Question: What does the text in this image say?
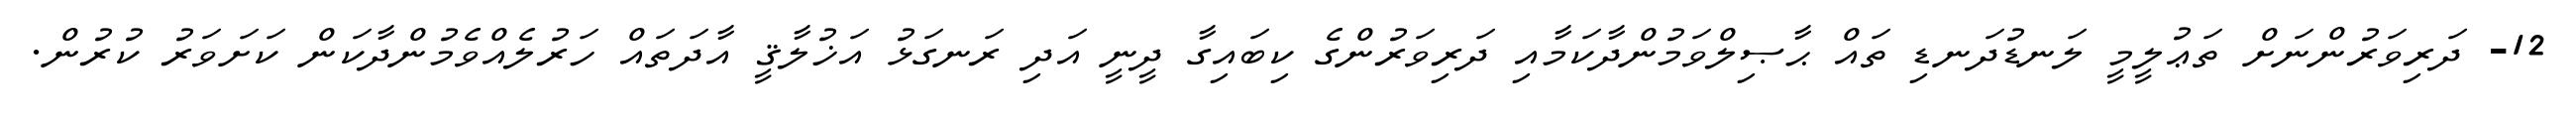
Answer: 12- ދަރިވަރުންނަށް ތަޢުލީމީ ލަނޑުދަނޑި ތައް ޙާޞިލްވަމުންދާކަމާއި ދަރިވަރުންގެ ކިބައިގާ ދީނީ އަދި ރަނގަޅު އަޚުލާޤީ އާދަތައް ހަރުލެއްވެމުންދާކަން ކަށަވަރު ކުރުން.